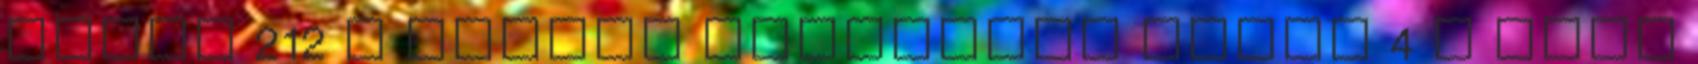
nevek‎ 212 L fidzsi földrajzi nevek‎ 4 L finn